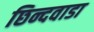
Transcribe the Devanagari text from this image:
छिन्दवाडा